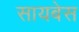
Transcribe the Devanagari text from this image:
सायबेस